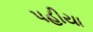
પહીયા